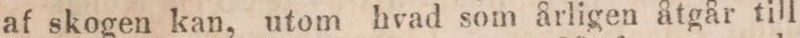
af skogen kan, utom hvad som årligen åtgår till